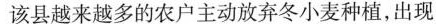
该县越来越多的农户主动放弃冬小麦种植，出现